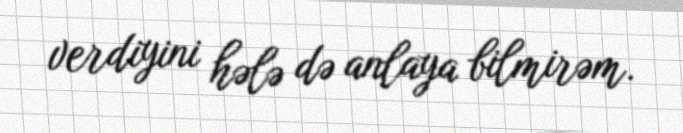
verdiyini hələ də anlaya bilmirəm.